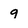
Character: 9